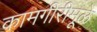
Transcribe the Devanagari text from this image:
कामगीरीमूळे